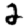
Digit: 2